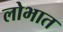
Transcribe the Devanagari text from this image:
लोभात